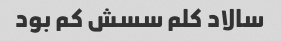
سالاد کلم سسش کم بود